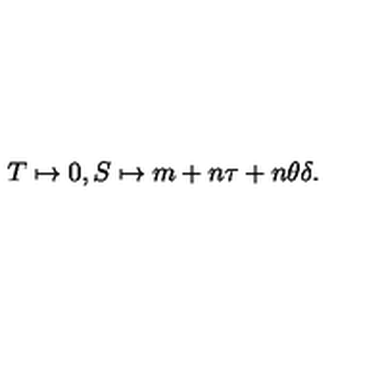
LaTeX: T \mapsto 0 , S \mapsto m + n \tau + n \theta \delta .